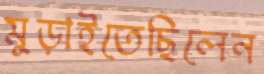
মুড়াইতেছিলেন